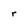
Character: r